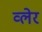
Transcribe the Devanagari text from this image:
व्‍लेर